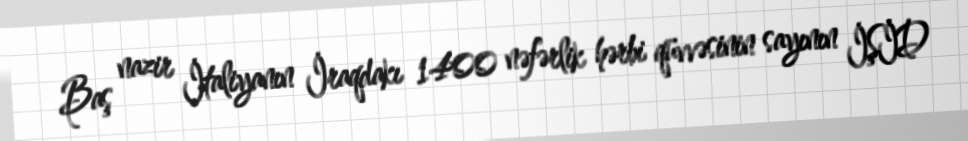
Baş nazir İtaliyanın İraqdakı 1400 nəfərlik hərbi qüvvəsinin sayının İŞİD